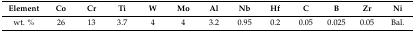
<table><thead><tr><td><b>Element</b></td><td><b>Co</b></td><td><b>Cr</b></td><td><b>Ti</b></td><td><b>W</b></td><td><b>Mo</b></td><td><b>Al</b></td><td><b>Nb</b></td><td><b>Hf</b></td><td><b>C</b></td><td><b>B</b></td><td><b>Zr</b></td><td><b>Ni</b></td></tr></thead><tbody><tr><td>wt. %</td><td>26</td><td>13</td><td>3.7</td><td>4</td><td>4</td><td>3.2</td><td>0.95</td><td>0.2</td><td>0.05</td><td>0.025</td><td>0.05</td><td>Bal.</td></tr></tbody></table>